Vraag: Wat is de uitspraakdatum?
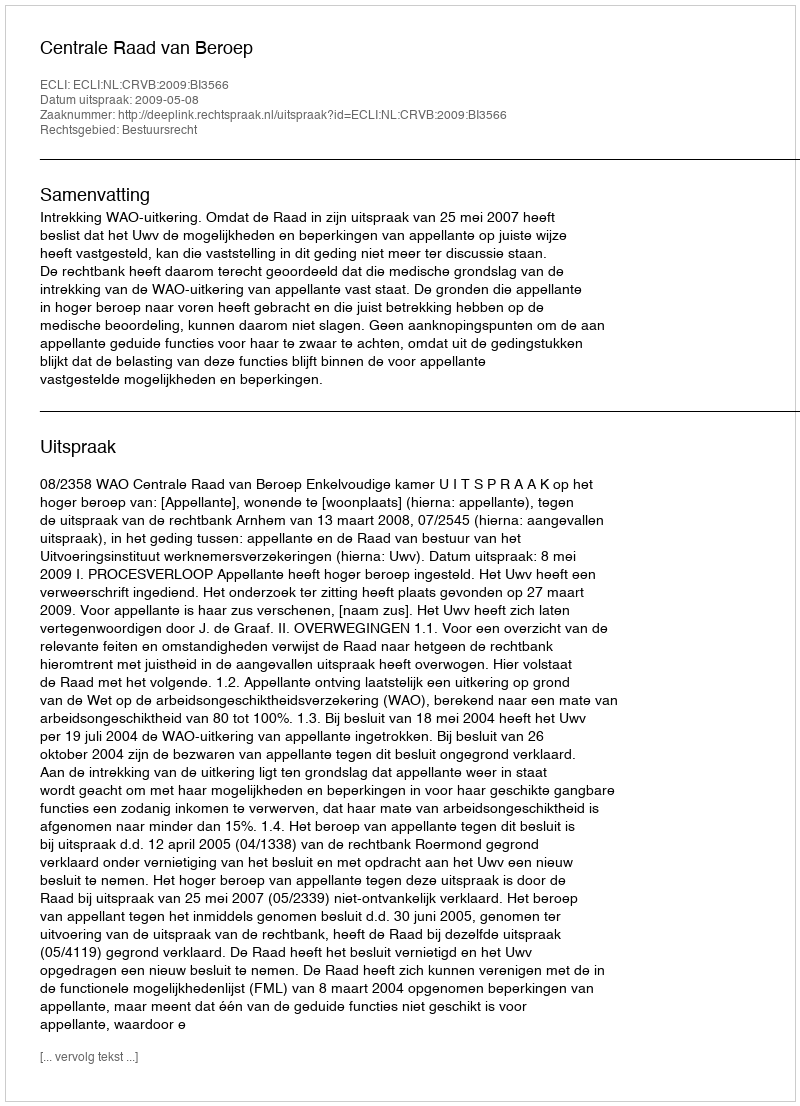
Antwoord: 2009-05-08